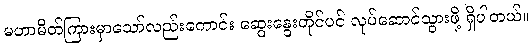
မဟာမိတ်ကြားမှာသော်လည်းကောင်း ဆွေးနွေးတိုင်ပင် လုပ်ဆောင်သွားဖို့ ရှိပါတယ်။